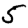
Digit: 5